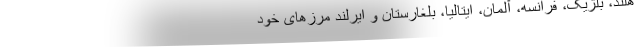
هلند، بلژیک، فرانسه، آلمان، ایتالیا، بلغارستان و ایرلند مرزهای خود